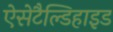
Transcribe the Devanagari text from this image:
ऐसेटैल्डिहाइड